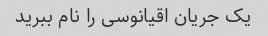
یک جریان اقیانوسی را نام ببرید